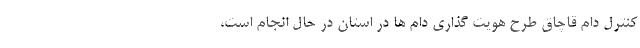
کنترل دام قاچاق طرح هویت گذاری دام ها در استان در حال انجام است،